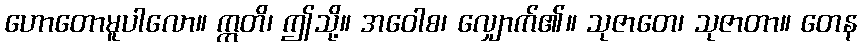
ဟောတောမူပါလော။ ဣတိ၊ ဤသို့။ အဝေါစ၊ လျှောက်၏။ သုဇာတေ၊ သုဇာတာ။ တေန